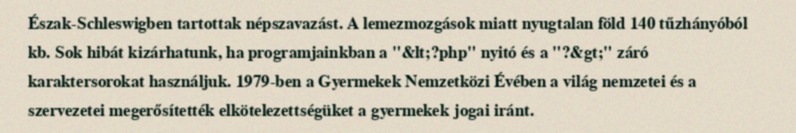
Észak-Schleswigben tartottak népszavazást. A lemezmozgások miatt nyugtalan föld 140 tűzhányóból kb. Sok hibát kizárhatunk, ha programjainkban a "&lt;?php" nyitó és a "?&gt;" záró karaktersorokat használjuk. 1979-ben a Gyermekek Nemzetközi Évében a világ nemzetei és a szervezetei megerősítették elkötelezettségüket a gyermekek jogai iránt.